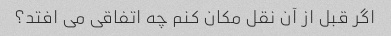
اگر قبل از آن نقل مکان کنم چه اتفاقی می افتد؟